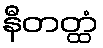
နီတတ္ထံ